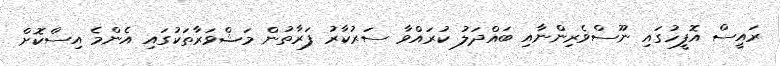
ރައީސް އޮފީހުގައި ނޫސްވެރިންނާއި ބައްދަލު ކުރައްވާ ސަރުކާރު ފަރާތުން މަޝްވަރާތަކުގައި އެންމެ އިސްކޮށް